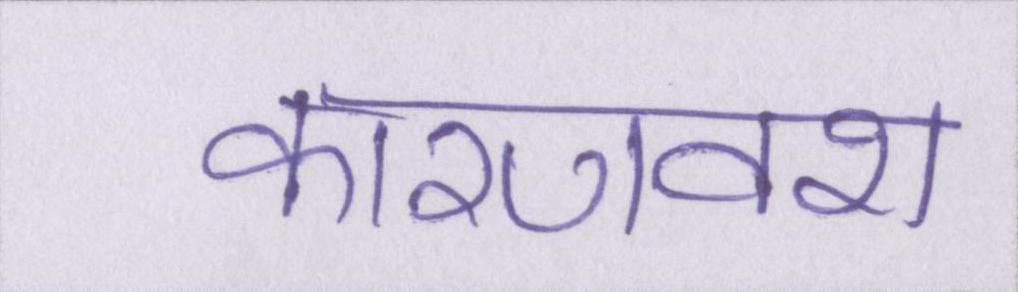
कारणवश